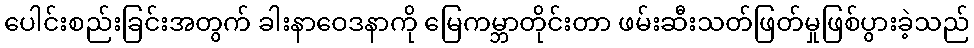
ပေါင်းစည်းခြင်းအတွက် ခါးနာဝေဒနာကို မြေကမ္ဘာတိုင်းတာ ဖမ်းဆီးသတ်ဖြတ်မှုဖြစ်ပွားခဲ့သည်